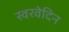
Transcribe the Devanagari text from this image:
स्वरवेदिन